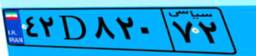
۴۲D۸۲۰۷۲